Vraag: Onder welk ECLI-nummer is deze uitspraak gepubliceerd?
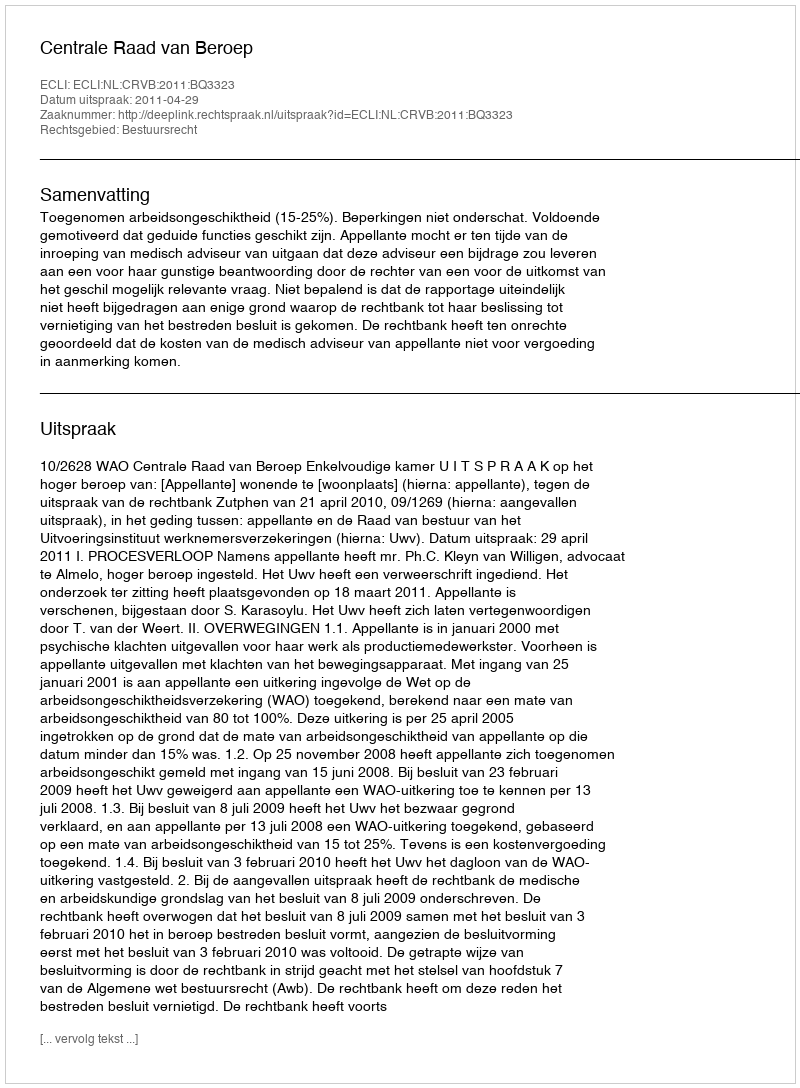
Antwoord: ECLI:NL:CRVB:2011:BQ3323